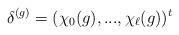
LaTeX: \begin{align*}\delta^{(g)}=(\chi_0(g),...,\chi_{\ell}(g))^t\end{align*}